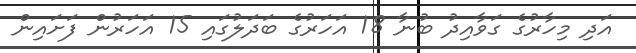
އަދި މިހާރުގެ ގަވާއިދު ބުނާ 18 އަހަރުގެ ބަދަލުގައި 15 އަހަރުން ފަށައިން